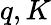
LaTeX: q,K